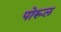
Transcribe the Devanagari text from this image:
पोरूल